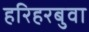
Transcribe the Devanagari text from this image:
हरिहरबुवा